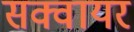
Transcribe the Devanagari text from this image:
सक्वायर